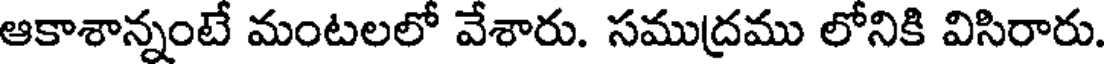
ఆకాశాన్నంటే మంటలలో వేశారు. సముద్రము లోనికి విసిరారు.